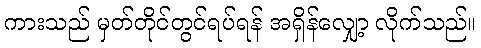
ကားသည် မှတ်တိုင်တွင်ရပ်ရန် အရှိန်လျှော့ လိုက်သည်။